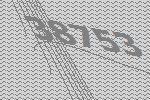
38753